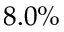
8 . 0 \%